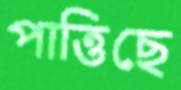
পাত্তিছে